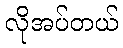
လိုအပ်တယ်